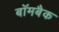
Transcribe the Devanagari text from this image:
बॉमबैक